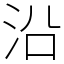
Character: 沿